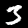
Label: 3